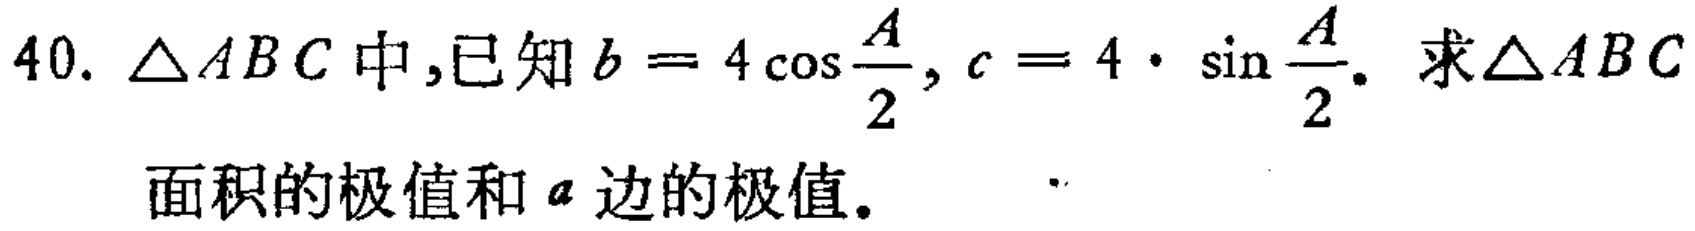
$40.\ \triangle ABC中,已知b = 4\cos\frac{A}{2},c = 4\cdot\sin\frac{A}{2}.\ 求\triangle ABC$
面积的极值和$a$边的极值。